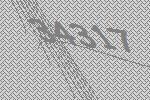
34317